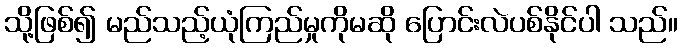
သို့ဖြစ်၍ မည်သည့်ယုံကြည်မှုကိုမဆို ပြောင်းလဲပစ်နိုင်ပါ သည်။